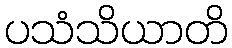
ပသံသိယာတိ